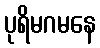
ပုရိမဂမနေ